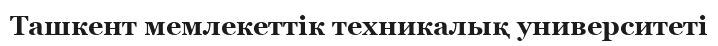
Ташкент мемлекеттік техникалық университеті